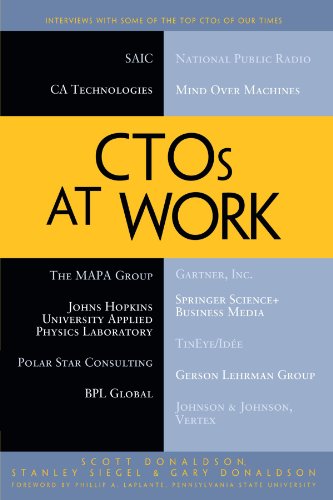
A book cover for CTOs at Work; Scott E. Donaldson; Computers & Technology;